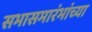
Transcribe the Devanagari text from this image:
सभासमारंभांच्या